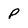
Character: P